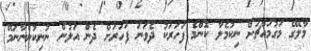
މާލޭގެ މަގުމައްޗަށް ނިކުމެލާ ކޮންމެ ފަހަރަކު ދެވަނަ ފަހަރަށް ދެން އަލުން ނުނިކުންނާނަމޭ